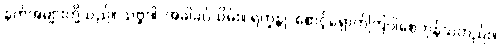
နတ်အများတို့သည်။ သဗ္ဗဒါ၊ အခါခပ်သိမ်း။ ရက္ခန္တု၊ စောင့်ရှောက်ကြပါစေကုန်သတည်း။